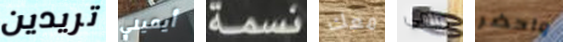
تريدين أيميلي نسمة معك مامي واحضر